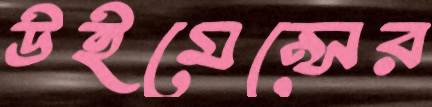
উইমেন্সের